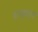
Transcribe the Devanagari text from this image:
राज्याचं